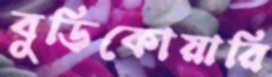
বুড়িকোয়ারি